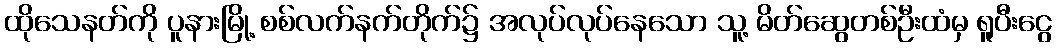
ထိုသေနတ်ကို ပူနားမြို့ စစ်လက်နက်တိုက်၌ အလုပ်လုပ်နေသော သူ့ မိတ်ဆွေတစ်ဦးထံမှ ရူပီးငွေ